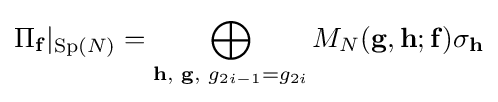
\Pi _{\mathbf {f} }|_{\operatorname {Sp} (N)}=\bigoplus _{\mathbf {h} ,\,\,\mathbf {g} ,\,\,g_{2i-1}=g_{2i}}M_{N}(\mathbf {g} ,\mathbf {h} ;\mathbf {f} )\sigma _{\mathbf {h} }